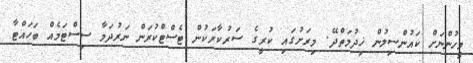
މީހުންނަށް ކައުންސިލުން ޚިދުމަތްދޭ. މިރަށުގައި ކުރީގެ ސަރުކާރަކުން ޓެސްޓްކުރަން ނަރުދަމާ ސިސްޓަމެއް ބަހައްޓާ